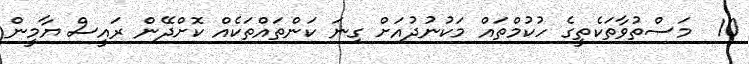
10  މަސްތުވާތަކެތީގެ ހުކުމްތައް މަކުނުދުއަށް ގިނަ ކަންތައްތަކެއް ކޮށްދޭން ރައީސް ޔާމީން